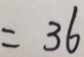
= 3 6